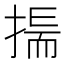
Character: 𢰚